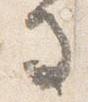
馬